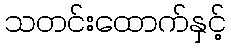
သတင်းထောက်နှင့်